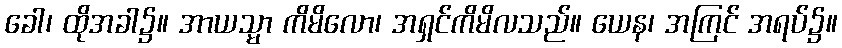
ခေါ၊ ထိုအခါ၌။ အာယသ္မာ ကိမိလော၊ အရှင်ကိမိလသည်။ ယေန၊ အကြင် အရပ်၌။